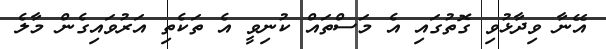
އޭނާ ވިދާޅުވި ގޮތުގައި އެ މަސްތައް ކުނިވީ އެ ތަކެތި އަރުވައިގެން މާލެ